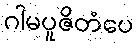
ဂါမပူဇိတံပေ